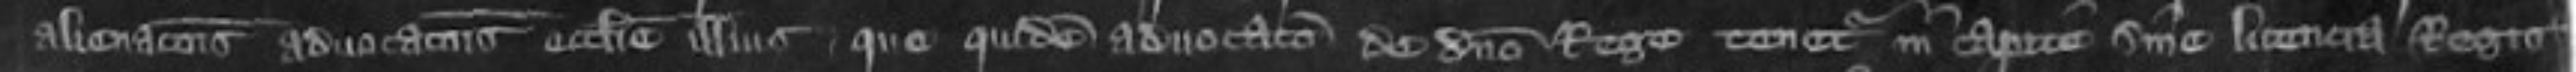
alienacionis advocationis ecclesie illius que quidem advocato de domino Rege tenetur in capite sine licencia Regis